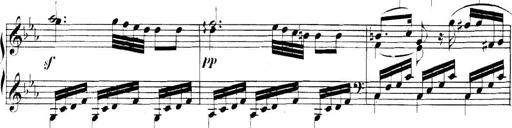
Title: Collected Piano Sonatas
Composer: Muzio Clementi